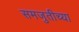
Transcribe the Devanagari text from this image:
समजुतीच्या